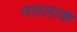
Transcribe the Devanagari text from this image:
मसलाक